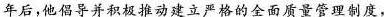
年后，他倡导并积极推动建立严格的全面质量管理制度，